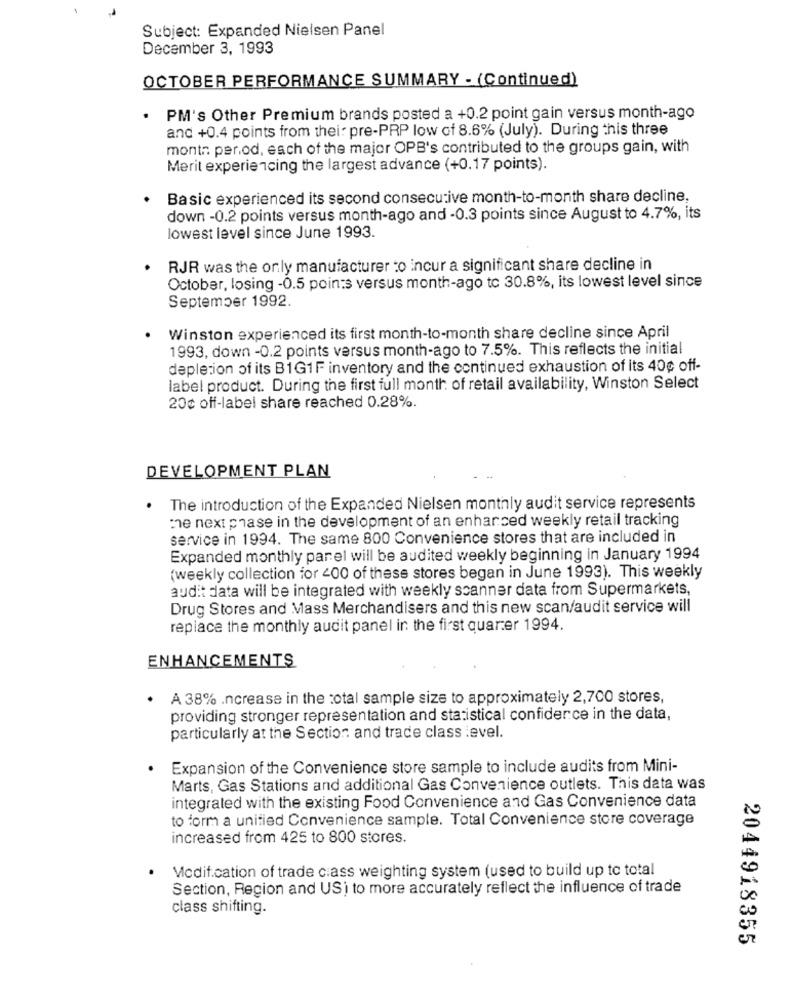
Subject: Expanded Nielsen Panel
December 3, 1993
OCTOBER PERFORMANCE SUMMARY - (Continued)
. PM's Other Premium brands posted a +0.2 point gain versus month-ago
and +0.4 points from thei: pre-PRP low of 8.6% (July). During this three
month period, each of the major OPB's contributed to the groups gain, with
Merit experiencing the largest advance (+0.17 points).
Basic experienced its second consecutive month-to-month share decline,
down -0.2 points versus month-ago and -0.3 points since August to 4.7%, its
lowest level since June 1993.
RJR was the only manufacturer to incur a significant share decline in
October, losing -0.5 points versus month-ago to 30.8%, its lowest level since
September 1992.
Winston experienced its first month-to-month share decline since April
1993, down -0.2 points versus month-ago to 7.5%. This reflects the initial
depletion of its B1G1F inventory and the continued exhaustion of its 40¢ off-
label product. During the first full month of retail availability, Winston Select
20c off-labei share reached 0.28%.
DEVELOPMENT PLAN
The introduction of the Expanded Nielsen monthly audit service represents
me next phase in the development of an enhanced weekly retail tracking
service in 1994. The same 800 Convenience stores that are included in
Expanded monthly panel will be audited weekly beginning in January 1994
(weekly collection for 400 of these stores began in June 1993). This weekly
audit data will be integrated with weekly scanner data from Supermarkets,
Drug Stores and Mass Merchandisers and this new scan/audit service will
replace the monthly audit panel in the first quarter 1994.
ENHANCEMENTS
A 38% Increase in the total sample size to approximately 2,700 stores,
providing stronger representation and statistical confidence in the data,
particularly at the Section and trade class :evel.
Expansion of the Convenience store sample to include audits from Mini-
Marts, Gas Stations and additional Gas Convenience outlets. This data was
integrated with the existing Food Convenience and Gas Convenience data
to form a unified Convenience sample. Total Convenience store coverage
increased from 425 to 800 stores.
Micdif.cation of trade class weighting system (used to build up to total
Section, Region and US) to more accurately reflect the influence of trade
class shifting.
2044918355